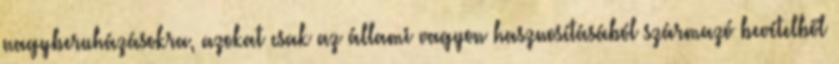
nagyberuházásokra, azokat csak az állami vagyon hasznosításából származó bevételből